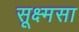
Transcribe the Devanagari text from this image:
सूक्ष्मसा